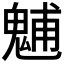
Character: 𩳐